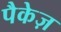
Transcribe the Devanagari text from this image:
पैकेज़